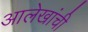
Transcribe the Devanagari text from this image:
आलेखांची